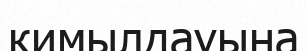
кимылдауына